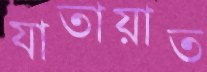
যাতায়াত